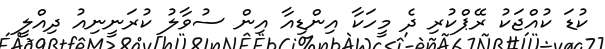
ކުޑަ ކުއްޖަކު ރޭޕްކުރި ދެ މީހަކާ އިންޑިއާ އިން ސުވާލު ކުރަނީނިއު ދިއްލީ